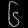
Digit: ၆